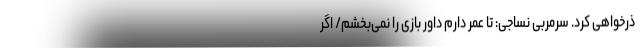
ذرخواهی کرد. سرمربی نساجی: تا عمر دارم داور بازی را نمی‌بخشم/ اگر